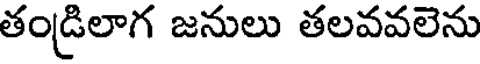
తండ్రిలాగ జనులు తలవవలెను